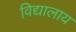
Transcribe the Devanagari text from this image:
विद्यालाय